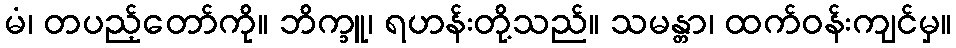
မံ၊ တပည့်တော်ကို။ ဘိက္ခူ၊ ရဟန်းတို့သည်။ သမန္တာ၊ ထက်ဝန်းကျင်မှ။